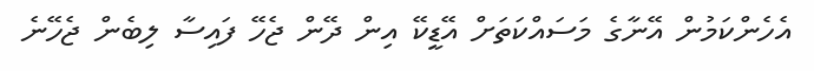
އެހެންކަމުން އޭނާގެ މަސައްކަތަށް އޭޑީކޭ އިން ދޭން ޖެހޭ ފައިސާ ލިބެން ޖެހޭނެ